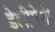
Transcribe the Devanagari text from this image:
डेलीगेसी